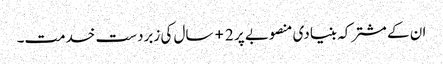
ان کے مشترکہ بنیادی منصوبے پر 2+ سال کی زبردست خدمت۔